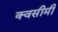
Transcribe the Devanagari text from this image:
क्वसीमी